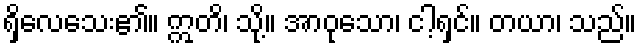
ရှိလေသေး၏။ ဣတိ၊ သို့။ အာဝုသော၊ ငါ့ရှင်။ တယာ၊ သည်။